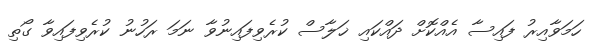
ހަމަވާއިރު ފައިސާ އެއްކޮށް ދައްކައި ޚަލާސް ކުރެވިފައިނުވާ ނަމަ ރަހުނު ކުރެވިފައިވާ ގޯތި